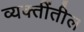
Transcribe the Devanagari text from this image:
व्यक्तींतील